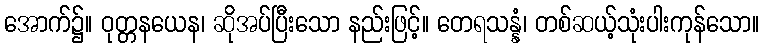
အောက်၌။ ဝုတ္တနယေန၊ ဆိုအပ်ပြီးသော နည်းဖြင့်။ တေရသန္နံ၊ တစ်ဆယ့်သုံးပါးကုန်သော။